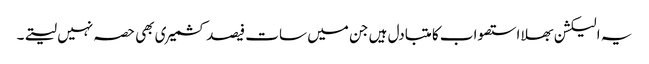
یہ الیکشن بھلا استصواب کا متبادل ہیں جن میں سات فیصد کشمیری بھی حصہ نہیں لیتے۔